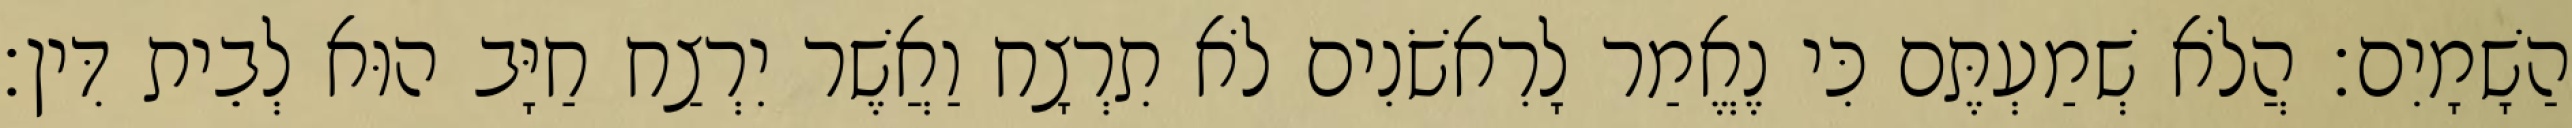
הַשָׁמָיִם׃ הֲלֹא שְׁמַעְתֶּם כִּי נֶאֱמַר לָרִאשֹׁנִים לֹא תִרְצָח וַאֲשֶׁר יִרְצַח חַיָּב הוּא לְבֵית דִּין׃